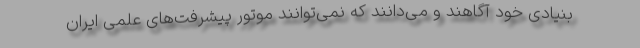
بنیادی خود آگاهند و می‌دانند که نمی‌توانند موتور پیشرفت‌های علمی ایران